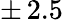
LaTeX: \pm\, 2.5